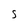
Character: S